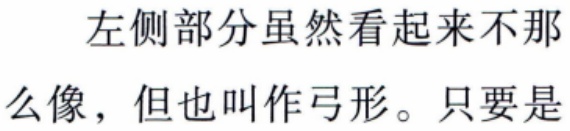
左侧部分虽然看起来不那

么像，但也叫作弓形。只要是